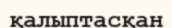
қалыптасқан